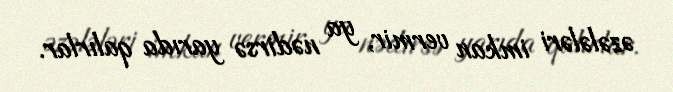
əzələləri imkan vermir, ya nədirsə yarıda qalırlar.